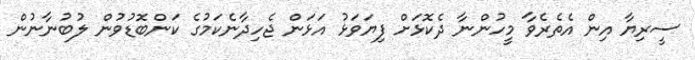
ސީރިޔާ އިން އެތެރެވާ މީހުންނާ ދެކޮޅަށް ފިޔަވަޅު އަޅަން ޖެހިދާނެކަމުގެ ކަންބޮޑުވުން ލުބުނާނުން